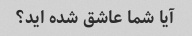
آیا شما عاشق شده اید؟